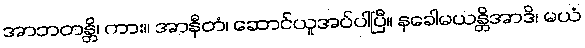
အာဘတန္တိ၊ ကား။ အာနီတံ၊ ဆောင်ယူအပ်ပါပြီ။ နခေါမယန္တိအာဒိ၊ မယံ